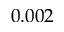
0 . 0 0 2